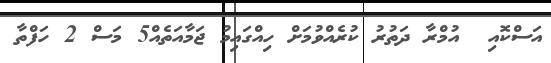
އަސްކޮއި  އުމްރާ ދަތުރު ކުރެއްވުމަށް ހިއްގައިމު ޖަމާއަތެއް5 މަސް 2 ހަފްތާ